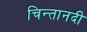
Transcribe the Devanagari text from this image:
चिन्तानदी